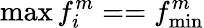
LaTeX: \operatorname*{max}{f_{i}^{m}}==f_{\operatorname*{min}}^{m}